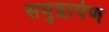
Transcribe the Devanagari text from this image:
समुद्रार्पण